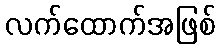
လက်ထောက်အဖြစ်